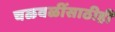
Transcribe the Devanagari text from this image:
चळवळींसाठीही